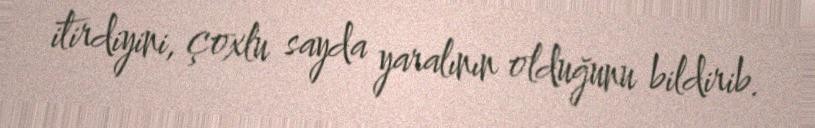
itirdiyini, çoxlu sayda yaralının olduğunu bildirib.